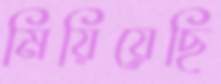
মিয়িয়েছি